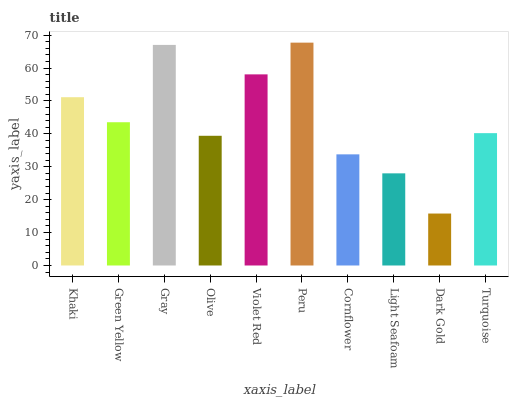
| xaxis_label | bars |
 | --- | --- |
 | Khaki | 51.1 |
 | Green Yellow | 43.5 |
 | Gray | 67 |
 | Olive | 39.4 |
 | Violet Red | 58.1 |
 | Peru | 67.7 |
 | Cornflower | 33.8 |
 | Light Seafoam | 28 |
 | Dark Gold | 15.8 |
 | Turquoise | 40.2 |